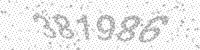
Solution: 381986